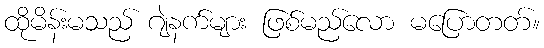
ထိုမိန်းမသည် ဂျဲနက်များ ဖြစ်မည်လော မပြောတတ်။